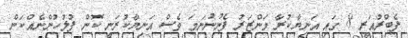
ފެބްރުއަރީ 8 ގައި އަނިޔާކުރާ މަންޒަރު ފެނުނުނަމަ ވެސް އަނިޔާކުރަނީ ކޮން ފުލުހުންނެއްކަން